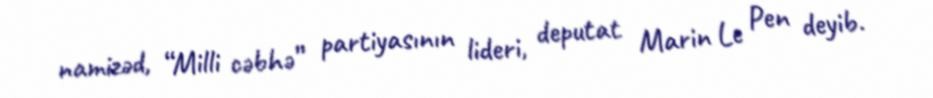
namizəd, “Milli cəbhə” partiyasının lideri, deputat Marin Le Pen deyib.